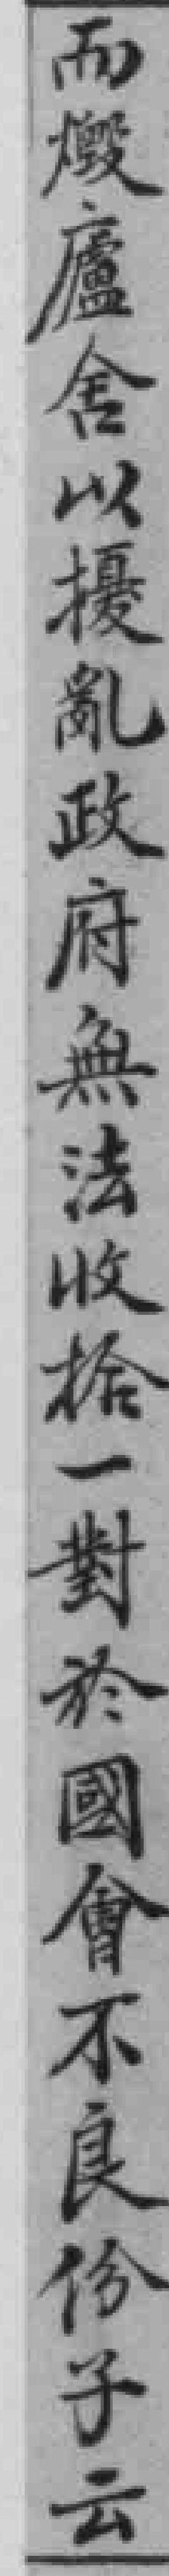
而燬廬舍以擾亂政府無法收拾一對於國會不良份子云